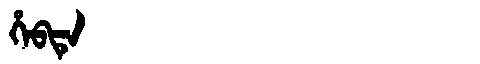
Manchu: ᡥᡝᠪᡨᡝ
Romanization: HEBTE